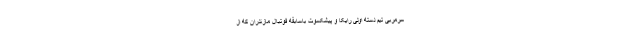
سرمربی تیم دسته اولی رایکا و پیشکسوت باسابقه فوتبال مازندران که از